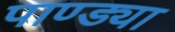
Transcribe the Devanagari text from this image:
पाण्ड्या